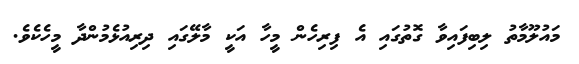
މައުލޫމާތު ލިބިފައިވާ ގޮތުގައި އެ ފިރިހެން މީހާ އަކީ މާލޭގައި ދިރިއުޅެމުންދާ މީހެކެވެ.